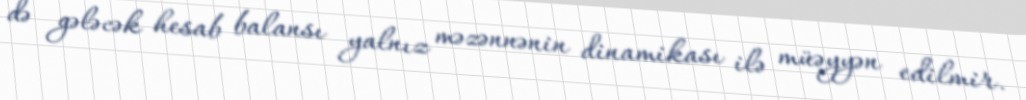
də gələcək hesab balansı yalnız məzənnənin dinamikası ilə müəyyən edilmir.